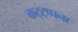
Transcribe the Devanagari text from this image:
कट्ट्प्पना